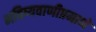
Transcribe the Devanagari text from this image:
भविष्यवाणीप्रमाणे